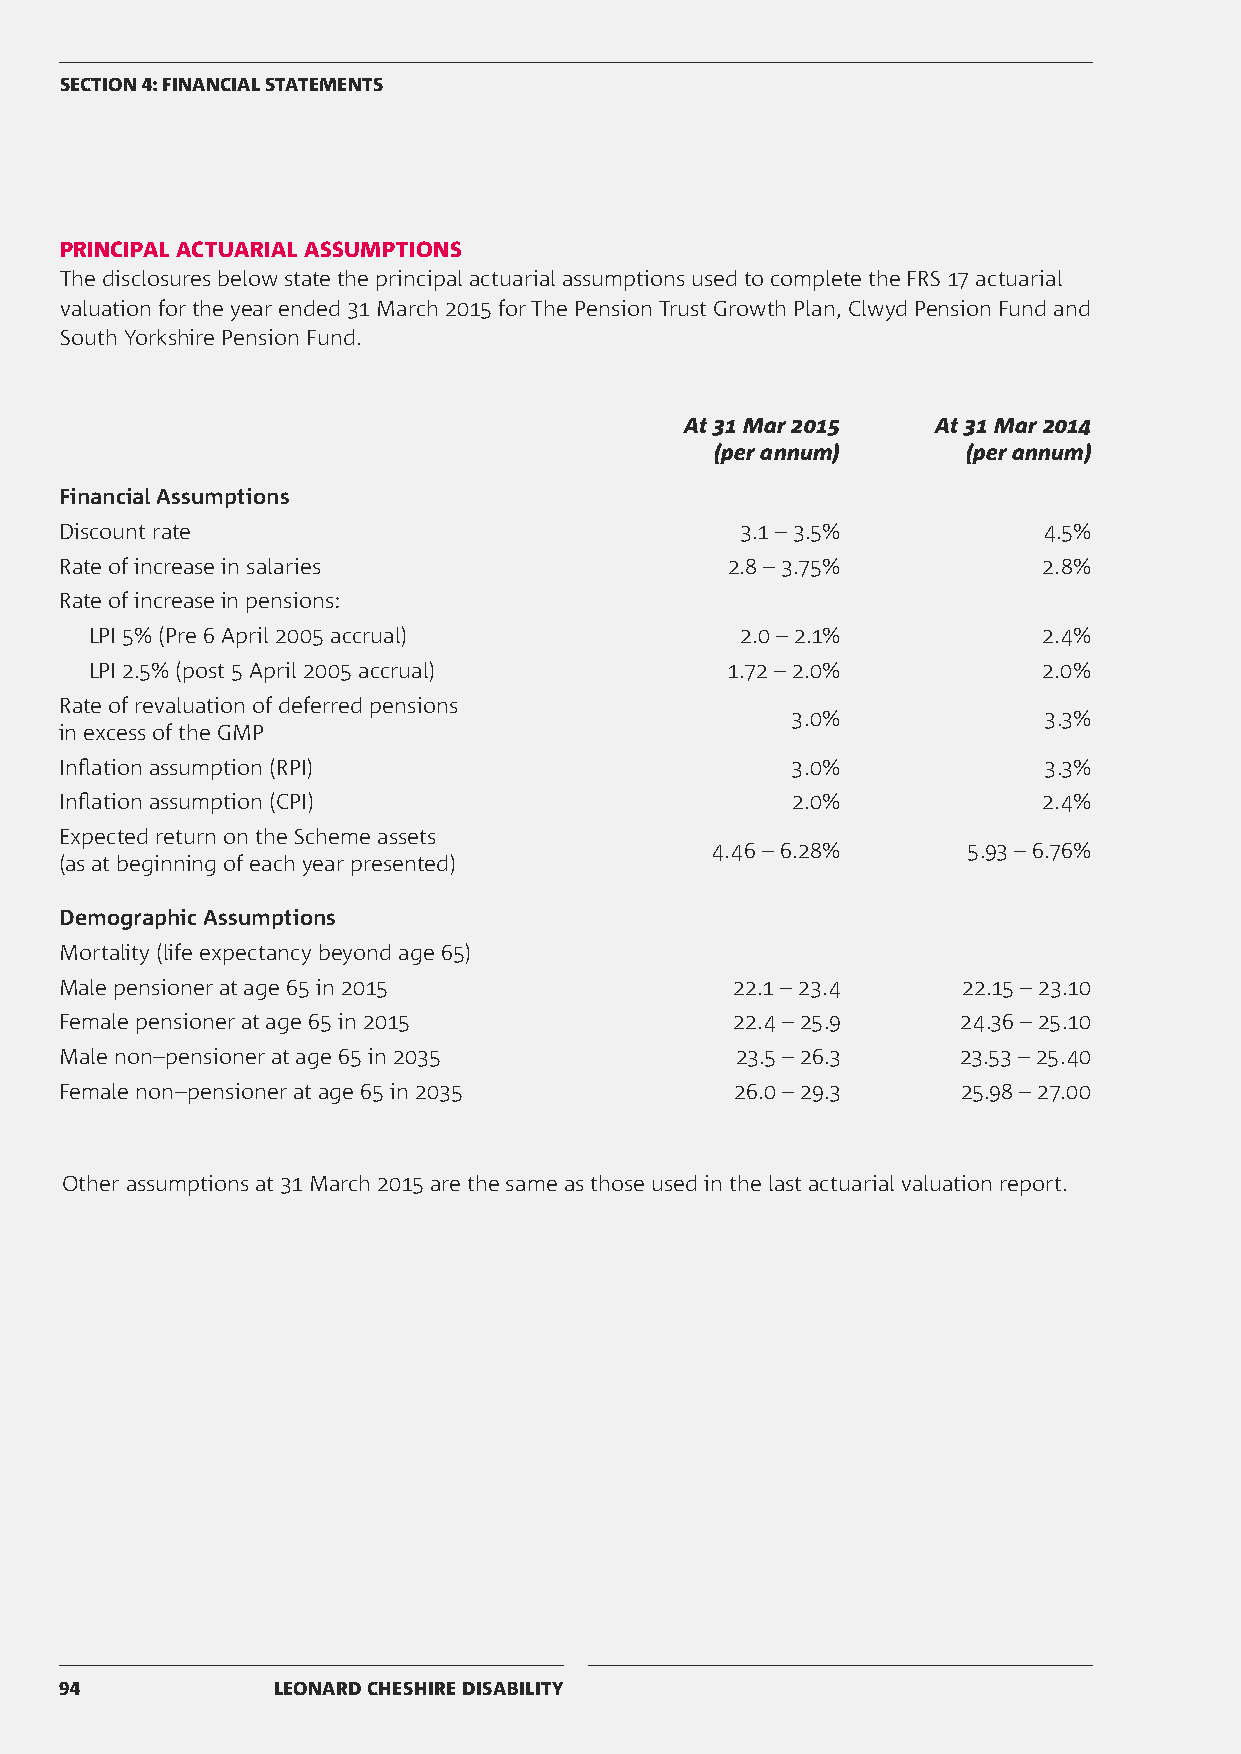
SECTION 4: FINANCIAL STATEMENTS
 PRINCIPAL ACTUARIAL ASSUMPTIONS
 The disclosures below state the principal actuarial assumptions used to complete the FRS 17 actuarial
 valuation for the year ended 31 March 2015 for The Pension Trust Growth Plan, Clwyd Pension Fund and
 South Yorkshire Pension Fund.
 At 31 Mar 2015   At 31 Mar 2014
 (per annum)      (per annum)
 Financial Assumptions
 Discount rate                                3.1 – 3.5%          4.5%
 Rate of increase in salaries                2.8 – 3.75%          2.8%
 Rate of increase in pensions:
 LPI 5% (Pre 6 April 2005 accrual)          2.0 – 2.1%          2.4%
 LPI 2.5% (post 5 April 2005 accrual)      1.72 – 2.0%          2.0%
 Rate of revaluation of deferred pensions
 3.0%             3.3%
 in excess of the GMP
 Inflation assumption (RPI)                      3.0%             3.3%
 Inflation assumption (CPI)                      2.0%             2.4%
 Expected return on the Scheme assets
 4.46 – 6.28%     5.93 – 6.76%
 (as at beginning of each year presented)
 Demographic Assumptions
 Mortality (life expectancy beyond age 65)
 Male pensioner at age 65 in 2015            22.1 – 23.4     22.15 – 23.10
 Female pensioner at age 65 in 2015          22.4 – 25.9     24.36 – 25.10
 Male non–pensioner at age 65 in 2035         23.5 – 26.3    23.53 – 25.40
 Female non–pensioner at age 65 in 2035       26.0 – 29.3    25.98 – 27.00
 Other assumptions at 31 March 2015 are the same as those used in the last actuarial valuation report.
 94            LEONARD CHESHIRE DISABILITY